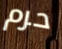
حرم